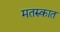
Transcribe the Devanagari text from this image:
मतरुकात